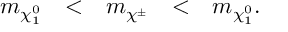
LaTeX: \begin{array} { c c c c c } { { m _ { \chi _ { 1 } ^ { 0 } } } } & { { < } } & { { m _ { \chi ^ { \pm } } } } & { { < } } & { { m _ { \chi _ { 1 } ^ { 0 } } . } } \end{array}